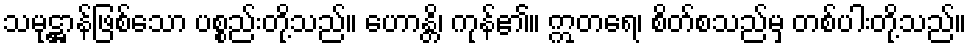
သမုဋ္ဌာန်ဖြစ်သော ပစ္စည်းတို့သည်။ ဟောန္တိ၊ ကုန်၏။ ဣတရေ၊ စိတ်စသည်မှ တစ်ပါးတို့သည်။